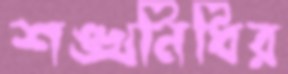
শঙ্খনিধির